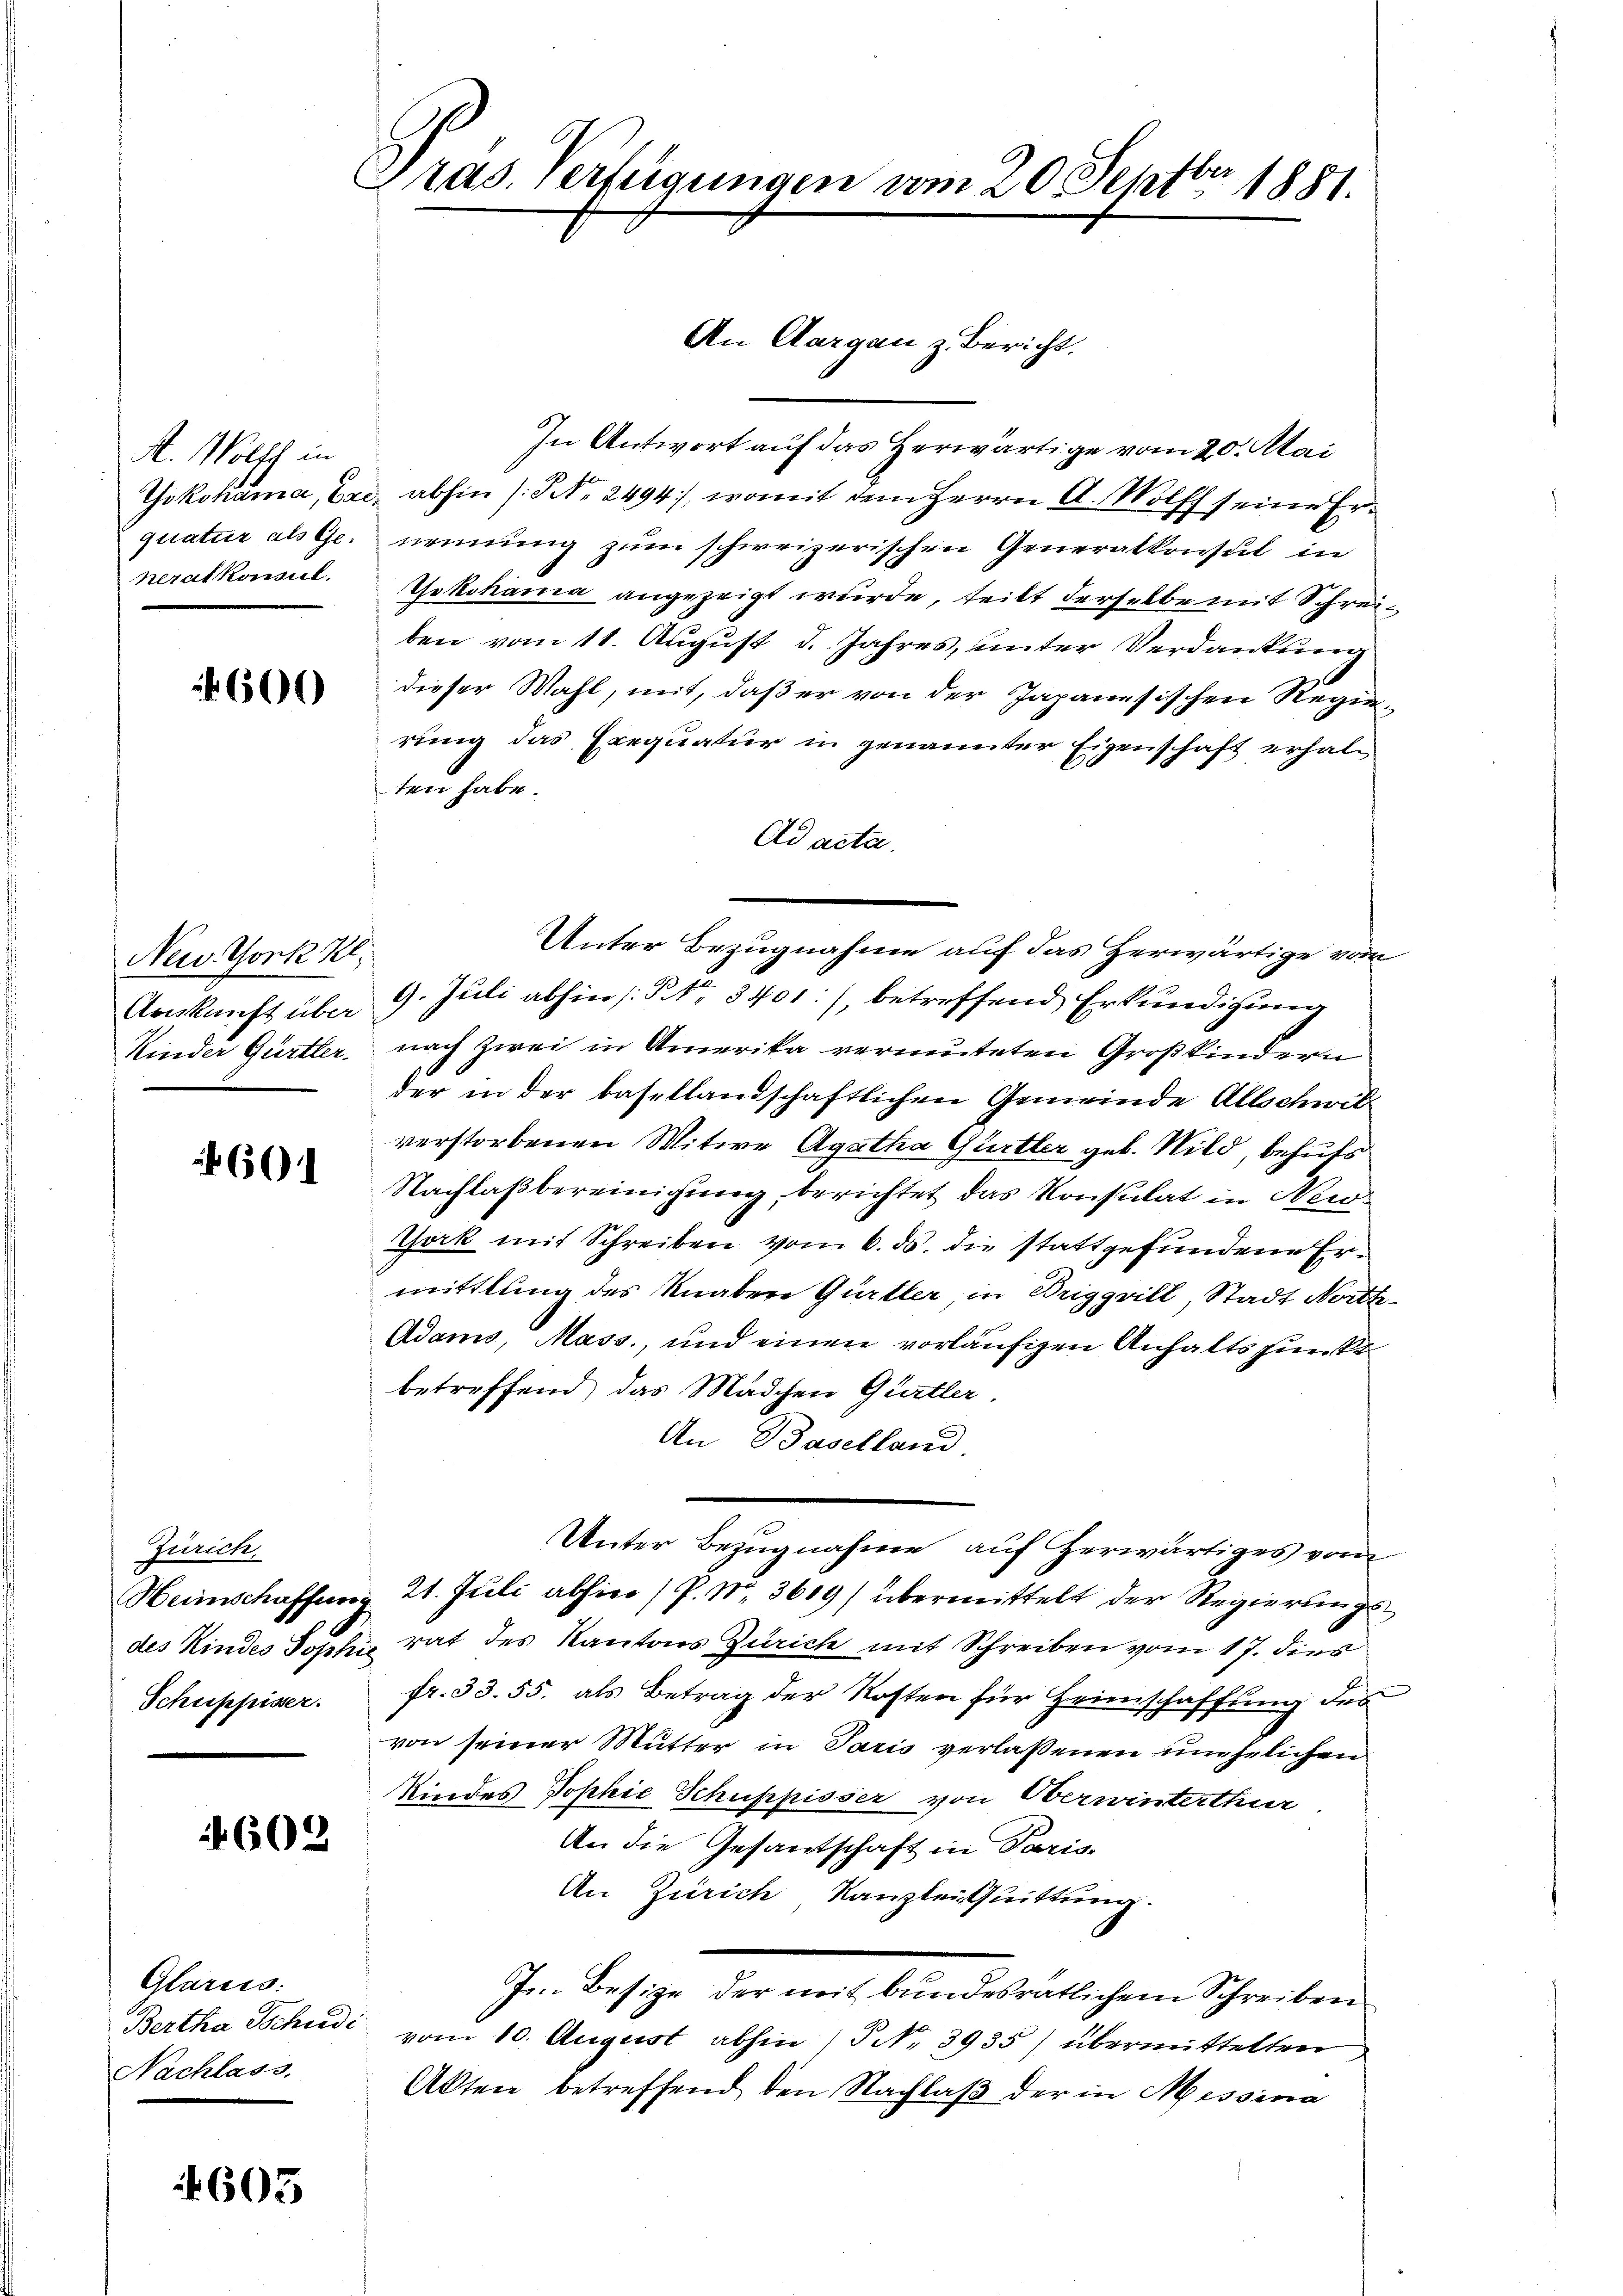
A. Wolff in
neralkonsul.

600

New York Kl.
Kinder Gürtter.

661

Zürich.
Schuppisser.

602

Glarus:
Bertha Schuldi
Nachlass.

605

Präs. Verfügungen vom 20. Septbr. 1881.

An Aargau z. Bericht.
In Antwort auf das Herwärtige vom 20. Mai
Yokohama, Bac, abhin /: No 2494), womit dem Herrn A. Wolff seine Erquatur als Ge- nennung zum schweizerischen Generalkonsul in
Yokohama angezeigt wurde, teilt derselbe mit Schreiben vom 11. August d. Jahres, unter Verdankung
dieser Mahl, mit, daß er von der Japanesischen Regierung das Exequatur in genannter Eigenschaft erhalten habe.
Ad acta.
Unter Bezugnahme auf das Herwärtige vom
Auskunft über 9. Juli abhin [§ 3401), betreffend Erkundigung
nach zwei in Amerika vermuteten Großkindern
der in der basellandschaftlichen Gemeinde Allschwil-
verstorbenen Witwe Agatha Gurtler geb. Wild, behufs
Nachlaßbereinigung, berichtet das Konsulat in New-
Gork mit Schreiben vom 6. ds. die stattgefundene Ermittlung des Knabere Gürtler in Briggrill, Stadt Noth¬
Adams, Mass., und einen vorläufigen Anhaltspunkt
betreffend, das Mädchen Gurtler.
An Baselland.
Unter Bezugnahme auf herwärtiges vom
Heimschaffung 21. Juli abhin (P. Nr. 3619) übermittelt der Regierungsdes Kindes Sophie rat des Kantons Zürich mit Schreiben vom 17. dies
fr. 33. 55. als Betrag der Kosten für Heimschaffung des
von seiner Mutter in Paris verlassenen unehelichen
Kindes Sophie Schuppisser von Oberwinterthur
An die Gesandschaft in Paris
An Zürich Kanzlei Quittung.
Im Besize der mit bundesratlichem Schreiben
vom 10. August abhin (P N. 3935) übermittelten
Akten betreffend den Nachlaß der in Messina